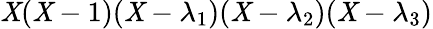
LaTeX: \mathit{X}(\mathit{X}-1)(\mathit{X}-\lambda_{1})(\mathit{X}-\lambda_{2})(\mathit{X}-\lambda_{3})